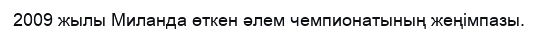
2009 жылы Миланда өткен әлем чемпионатының жеңімпазы.